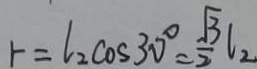
r = l _ { 2 } \cos 3 0 ^ { \circ } = \frac { \sqrt { 3 } } { 2 } l _ { 2 }